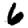
Digit: 6